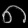
Digit: ၈